Malaria in India - Number 2
Disease focus: Malaria
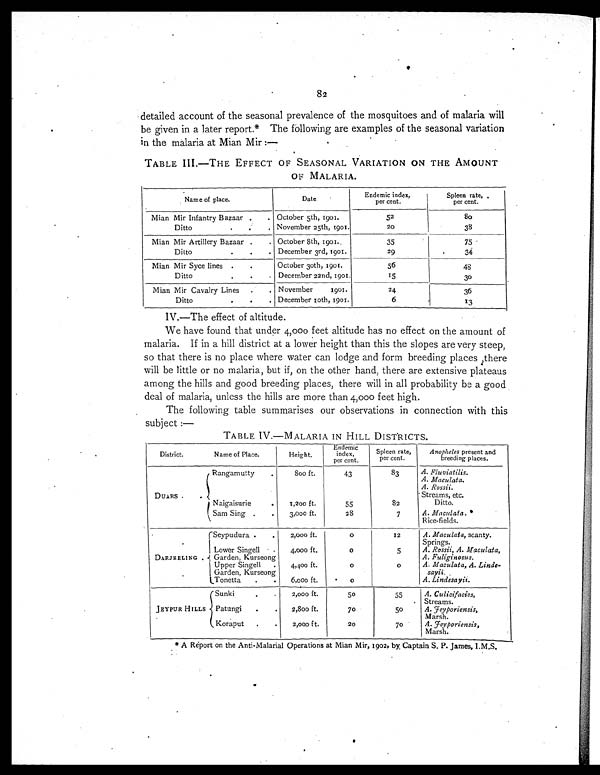
82
detailed account of the seasonal prevalence of the mosquitoes and of malaria will
be given in a later report.* The following are examples of the seasonal variation
in the malaria at Mian Mir :—
TABLE III.—THE EFFECT OF SEASONAL VARIATION ON THE AMOUNT
OF MALARIA.
Name of place.
Date
Endemic index,
per cent.
Spleen rate,
per cent.
Mian Mir Infantry Bazaar .
.. October 5th, 1901.
52
80
Ditto
.
.
. November 25th, 1901.
2 0
38
Mian Mir Artillery Bazaar .
. October 8th, 1901.
35
75
Ditto
.
.
. December 3rd, 1901.
2 9
34
Mian Mir Syce lines .
.
October 30th, 1901.
56
48
Ditto
.
.
. December 22nd, 1901.
15
30
Mian Mir Cavalry Lines
.
. November
1901.
24
36
Ditto
.
.
. December 10th, 1901.
6
13
IV.—The effect of altitude.
We have found that under 4,000 feet altitude has no effect on the amount of
malaria. If in a hill district at a lower height than this the slopes are very steep,
so that there is no place where water can lodge and form breeding places ,there
will be little or no malaria, but if, on the other hand, there are extensive plateaus
among the hills and good breeding places, there will in all probability be a good
deal of malaria, unless the hills are more than 4,000 feet high.
The following table summarises our observations in connection with this
subject :-
TABLE IV.—MALARIA IN HILL DISTRICTS.
District,
Name of Place,
Height.
Endemic
index,
per cent.
Spleen rate,
per cent.
Anopheles present and
breeding places.
DUARS .
.
Rangamutty
.
800 ft.
43
83
A. Fluviatilis.
A. Maculata.
A. Rossii.
' Streams, etc.
Naigaisurie
.
1,200 ft.
55
82
Ditto.
Sam Sing .
.
3,000 ft.
28
7
A. Maculata.
Rice-Fields.
•
DARJEELING .
Seypudura .
.
2,000 ft.
0
12
A. Maculata, scanty.
Springs.
Lower Singell •.
Garden, Kurseong
4,000 ft.
0
5
A. Rossii, A. Maculata,
A. Fuliginosus.
Upper Singell.
Garden, Kurseong
4,400 ft.
0
0
A Maculata, A. Linde-
sayii.
Tonetta
6,000 ft.
0
A. Lindesayii.
JEYPUR HILLS
.
Sunki
2,000 ft.
5 0
55
A. Culicifacies,
Streams.
Patungi
.
2,800 ft.
70
5 0
A. f eyporiensis,
Marsh.
Koraput
.
.
2,000 ft.
20
70
A. f eyporiensis,
Marsh.
* A Report on the Anti•Malarial Operations at Mian Mir, 1902, by Captain S. P. James, I.M.S.
O